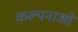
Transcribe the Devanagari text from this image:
कल्पनाओ